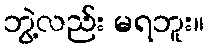
ဘွဲ့လည်း မရဘူး။